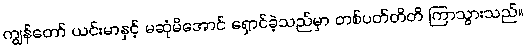
ကျွန်တော် ယင်းမာနှင့် မဆုံမိအောင် ရှောင်ခဲ့သည်မှာ တစ်ပတ်တိတိ ကြာသွားသည်။